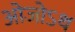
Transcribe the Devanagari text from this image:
ओजोऽथ